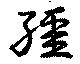
繮